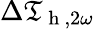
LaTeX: \Delta\mathfrak{T}_{\mathrm{{~h~}},2\omega}